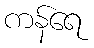
ကန်ရေ